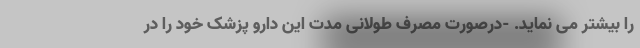
را بیشتر می نماید. -درصورت مصرف طولانی مدت این دارو پزشک خود را در